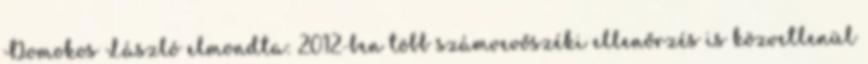
Domokos László elmondta: 2012-ben több számvevőszéki ellenőrzés is közvetlenül